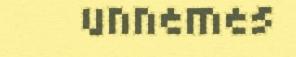
unnemes